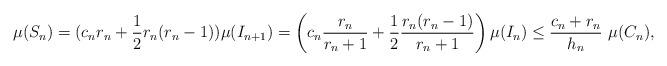
LaTeX: \begin{align*}\mu(S_{n}) = (c_{n}r_n+\frac{1}{2}r_{n}(r_{n}-1))\mu(I_{n+1}) = \left(c_n\frac{r_n}{r_{n}+1}+\frac{1}{2}\frac{r_{n}(r_{n}-1)}{r_{n}+1}\right)\mu(I_{n}) \leq \frac{c_{n} + r_{n}}{h_{n}}~\mu(C_{n}),\end{align*}